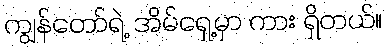
ကျွန်တော်ရဲ့ အိမ်ရှေ့မှာ ကား ရှိတယ်။